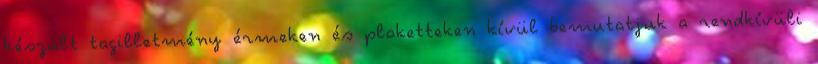
készült tagilletmény érmeken és plaketteken kívül bemutatjuk a rendkívüli